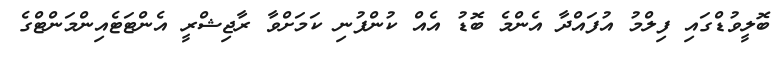
ބޮލީވުޑްގައި ފިލްމު އުފައްދާ އެންމެ ބޮޑު އެއް ކުންފުނި ކަމަށްވާ ރާޖިޝްރީ އެންޓަޓެއިންމަންޓްގެ